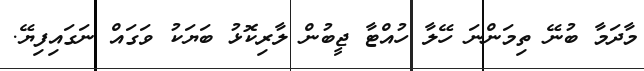
މާދަމާ ބުނޭ ތިމަންނަ ހޭލާ ހުއްޓާ ޖީބުން ލާރިކޮޅު ބަޔަކު ވަގައް ނަގައިފިޔޭ.